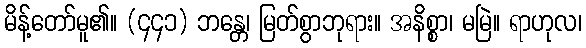
မိန့်တော်မူ၏။ (၄၄၁) ဘန္တေ၊ မြတ်စွာဘုရား။ အနိစ္စာ၊ မမြဲ။ ရာဟုလ၊